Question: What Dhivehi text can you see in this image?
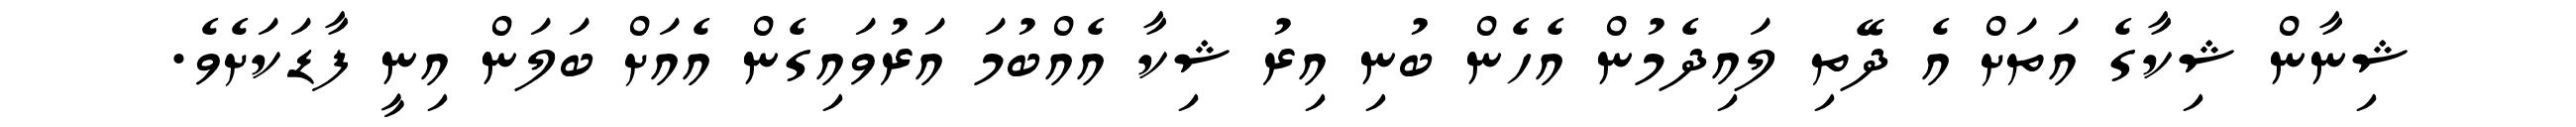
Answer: ޝިނާން ޝިކާގެ އަތަށް އެ ދޭތި ލައިދެމުން އެހެން ބުނި އިރު ޝިކާ އެއްބުމަ އަރުވައިގެން އެއަށް ބަލަން އިނީ ފާޑަކަށެވެ.